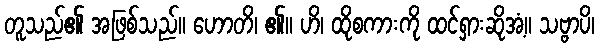
တူသည်၏ အဖြစ်သည်။ ဟောတိ၊ ၏။ ဟိ၊ ထိုစကားကို ထင်ရှားဆိုအံ့။ သဗ္ဗာပိ၊